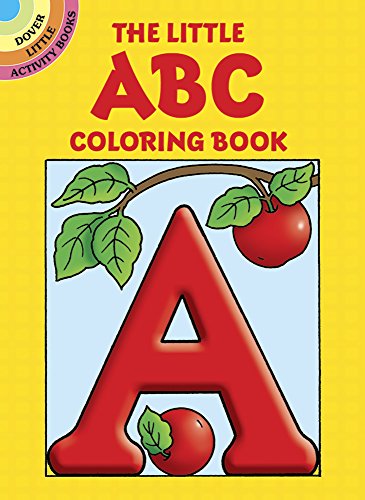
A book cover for The Little ABC Coloring Book (Dover Little Activity Books); Anna Pomaska; Children's Books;